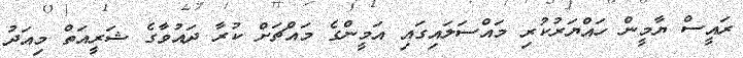
ރައީސް ޔާމީން ހައްޔަރުކުރި މައްސަލައިގައި އަމީންގެ މައްޗަށް ކުރާ ދައުވާގެ ޝަރީއަތް މިއަދު